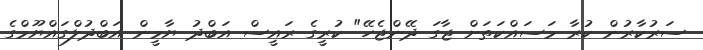
ސަރުކާރުން ކުރާ މަސައްކަތަށް ޖާގަ ދޭންޖެހޭ" ކުރީގެ ރައީސް އަބްދު ޔާމީން އަބްދުލްގައްޔޫމްގެ